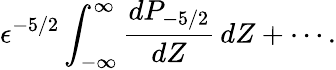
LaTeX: \epsilon^{-5/2}\int_{-\infty}^{\infty}\frac{dP_{-5/2}}{dZ}\, dZ+\cdots.